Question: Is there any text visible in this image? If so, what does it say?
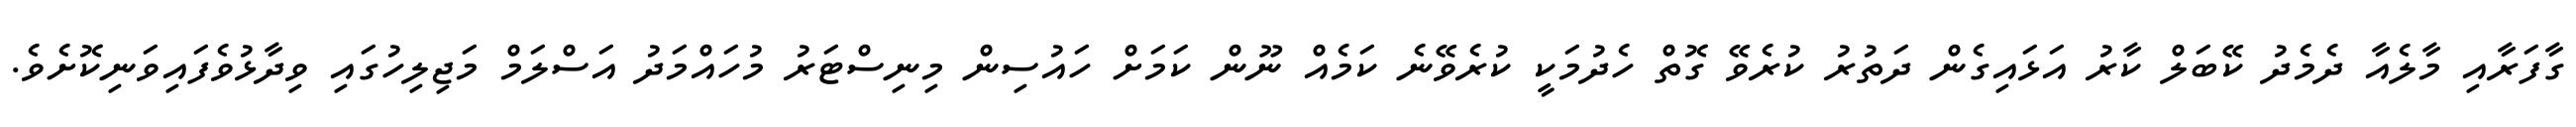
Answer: ގާފަރާއި މާލެއާ ދެމެދު ކޭބަލް ކާރު އަޅައިގެން ދަތުރު ކުރެވޭ ގޮތް ހެދުމަކީ ކުރެވޭނެ ކަމެއް ނޫން ކަމަށް ހައުސިން މިނިސްޓަރު މުހައްމަދު އަސްލަމް މަޖިލިހުގައި ވިދާޅުވެފައިވަނިކޮށެވެ.